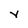
Character: Y